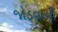
જોડવાની